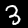
Label: 3